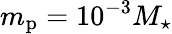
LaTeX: m_{\mathrm{p}}=10^{-3}M_{\star}